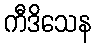
ကီဒိသေန